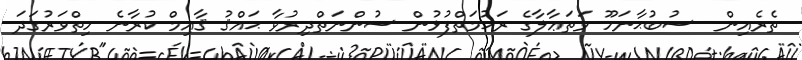
ތެރެއިން  ސުބުޙާނަހޫ ވަތަޢާލާގެ ރަޙުމަތްފުޅުން ސުންނަތްދިރުވާ ޙައްޤު ޤާއިމް ކުރާނެ ހިތްވަރުގަދަ